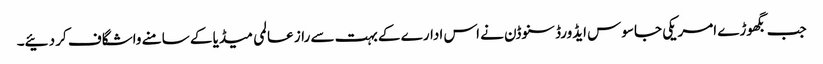
جب بگھوڑے امریکی جاسوس ایڈورڈ سنوڈن نے اس ادارے کے بہت سے راز عالمی میڈیا کے سامنے واشگاف کر دئیے۔